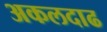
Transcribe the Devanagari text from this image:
अकलदाढ